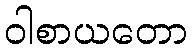
ဝါစာယတော